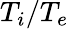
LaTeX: T_{i}/T_{e}